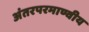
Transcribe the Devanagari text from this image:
अंतरपरमाण्वीय